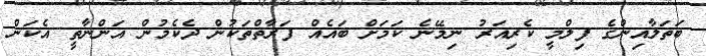
ބަތަލާއިންގެ ފިލްމީ ކެރިއަރު ނިމޭނެ ކަމަށް ބައެއް ފަރާތްތަކުން ދެކެމުން އަންނާތީ އެކަން